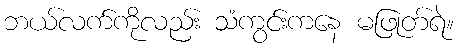
ဘယ်လက်ကိုလည်း သံကွင်းကနေ မဖြုတ်ရဲ။